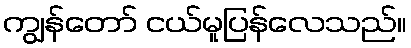
ကျွန်တော် ငယ်မူပြန်လေသည်။